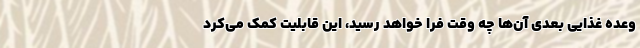
وعده غذایی بعدی آن‌ها چه وقت فرا خواهد رسید، این قابلیت کمک می‌کرد